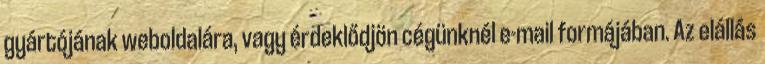
gyártójának weboldalára, vagy érdeklődjön cégünknél e-mail formájában. Az elállás